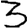
Digit: 3